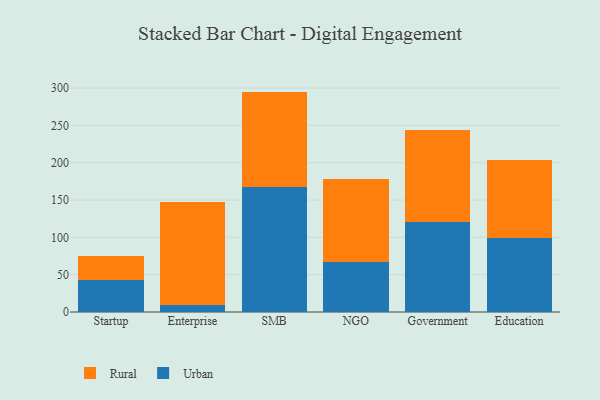
{"axis": {"x": "Segment", "y": "Temperature (°C)"}, "legend": ["Rural", "Urban"], "data": [{"x": "Startup", "y": 43.2, "type": "Urban"}, {"x": "Startup", "y": 31.4, "type": "Rural"}, {"x": "Enterprise", "y": 9.3, "type": "Urban"}, {"x": "Enterprise", "y": 138.1, "type": "Rural"}, {"x": "SMB", "y": 167.2, "type": "Urban"}, {"x": "SMB", "y": 128.0, "type": "Rural"}, {"x": "NGO", "y": 67.2, "type": "Urban"}, {"x": "NGO", "y": 110.3, "type": "Rural"}, {"x": "Government", "y": 120.7, "type": "Urban"}, {"x": "Government", "y": 123.4, "type": "Rural"}, {"x": "Education", "y": 99.7, "type": "Urban"}, {"x": "Education", "y": 104.3, "type": "Rural"}]}